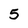
Character: 5